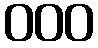
000